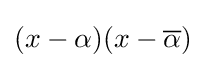
(x-\alpha )(x-{\overline {\alpha }})